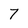
Character: 7